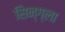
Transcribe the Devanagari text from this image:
सिन्ग्ला